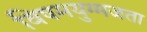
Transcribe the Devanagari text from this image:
विषमयुग्मजता